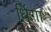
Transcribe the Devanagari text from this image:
धिंगा